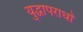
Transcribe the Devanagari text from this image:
युद्धापराधों